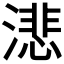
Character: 𬈺